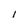
Character: I